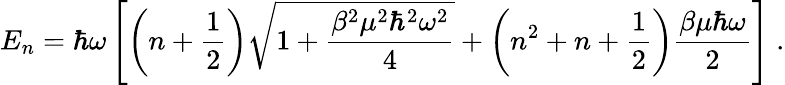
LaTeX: E_{n}=\hbar\omega\left[\left(n+\frac{1}{2}\right)\sqrt{1+\frac{\beta^{2}\mu^{2}\hbar^{2}\omega^{2}}{4}}+\left(n^{2}+n+\frac{1}{2}\right)\frac{\beta\mu\hbar\omega}{2}\right]\; .